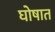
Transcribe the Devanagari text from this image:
घोषात